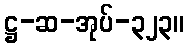
ဋ္ဌ-ဆ-အုပ်-၃၂၃။